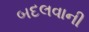
બદલવાની